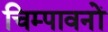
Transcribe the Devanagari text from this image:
चिम्पावनों